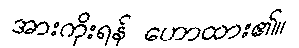
အားကိုးရန် ဟောထား၏။